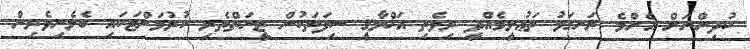
ކުދިންނަށް އެންމެ ރަނގަޅު ތަޢުލީމެއްދީ ރިވެތި އަޚްލާޤީ ސިފަތަކުން ޒީނަތްތެރި ކުރުމަށްޓަކައި ބެލެނިވެރިން